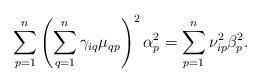
LaTeX: \begin{align*} \sum_{p=1}^n \left( \sum_{q=1}^n \gamma_{iq} \mu_{qp} \right)^2 \alpha_p^2 = \sum_{p=1}^n \nu_{ip}^2 \beta_p^2.\end{align*}